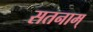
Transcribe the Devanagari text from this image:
सतनाम्